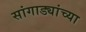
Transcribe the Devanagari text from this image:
सांगाड्यांच्या